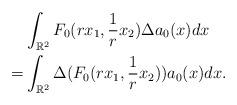
LaTeX: \begin{align*} & \int_{\mathbb R^2} F_0(rx_1,\frac 1r x_2) \Delta a_0(x) dx \\ = & \int_{\mathbb R^2} \Delta( F_0(rx_1,\frac 1 r x_2) ) a_0(x)dx. \end{align*}